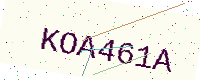
Text: KOA461A